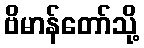
ဗိမာန်တော်သို့